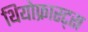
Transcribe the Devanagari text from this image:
थियोफ्रास्ट्स